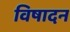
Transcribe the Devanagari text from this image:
विषादन